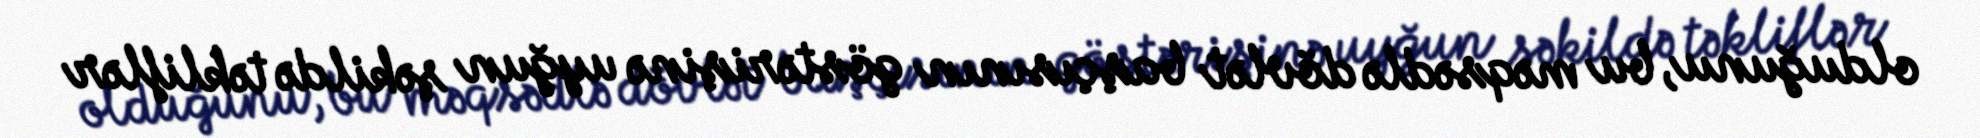
olduğunu, bu məqsədlə dövlət başçısının göstərişinə uyğun şəkildə təkliflər